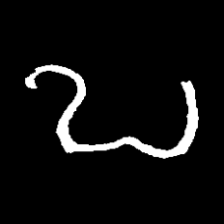
Pyu character \u2014 Myanmar letter: ဎ (romanized: ddha)